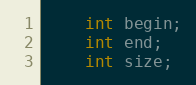
Language: C
    int begin;
    int end;
    int size;